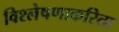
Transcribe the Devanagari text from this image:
विश्लेषणाकरिता